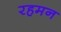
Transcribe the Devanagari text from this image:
रहमन